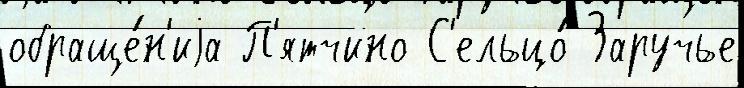
обраще́н'иjа П'ятчино С'ельцо́ Заручье